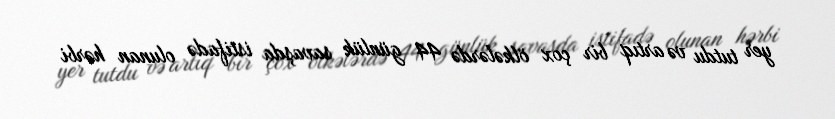
yer tutdu və artıq bir çox ölkələrdə 44 günlük savaşda istifadə olunan hərbi